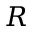
R